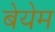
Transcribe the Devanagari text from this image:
बेयेम